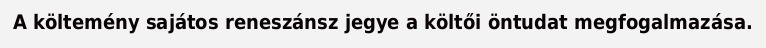
A költemény sajátos reneszánsz jegye a költői öntudat megfogalmazása.